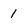
Character: 1